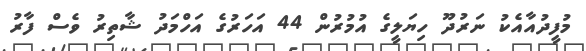
މުފީދުއާއެކު ނަރުދޫ ހިޔަލީގެ އުމުރުން 44 އަހަރުގެ އަހްމަދު ޝާތިރު ވެސް ފާރު